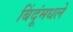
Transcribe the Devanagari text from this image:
बिंदूंमधले